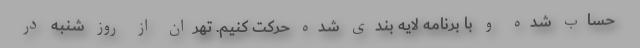
حساب شده و با برنامه لایه بندی شده حرکت کنیم. تهران از روز شنبه در